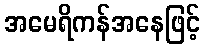
အမေရိကန်အနေဖြင့်